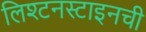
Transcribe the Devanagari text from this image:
लिश्टनस्टाइनची